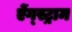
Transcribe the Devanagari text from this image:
ऐंग्स्ट्राम